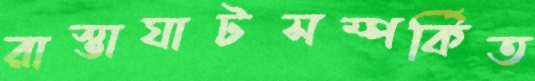
রাস্তাঘাটসম্পর্কিত